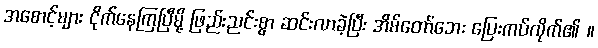
အစောင့်များ ငိုက်နေကြပြီမို့ ဖြည်းညင်းစွာ ဆင်းလာခဲ့ပြီး အိမ်တော်ဘေး ပြေးကပ်လိုက်၏ ။